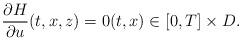
LaTeX: \begin{align*} \frac{\partial H}{\partial u}(t,x,z)=0 (t,x) \in [0,T] \times D.\end{align*}